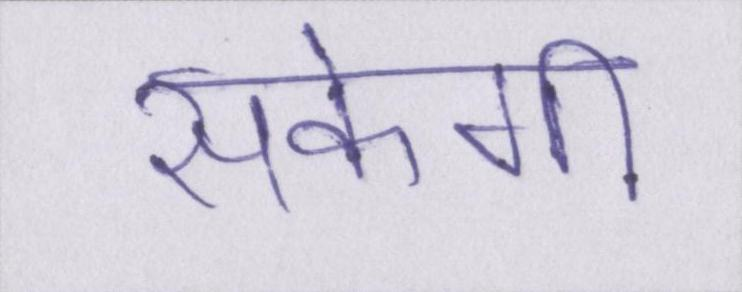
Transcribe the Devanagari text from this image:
सकेगी